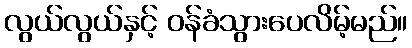
လွယ်လွယ်နှင့် ဝန်ခံသွားပေလိမ့်မည်။